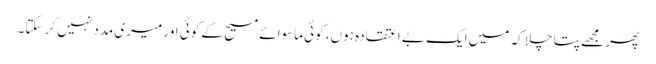
پھر مجھے پتا چلا کہ میں ایک بے اعتقادہ ہوں، کوئی ماسوائے مسیح کے کوئی اور میری مدد نہیں کر سکتا۔